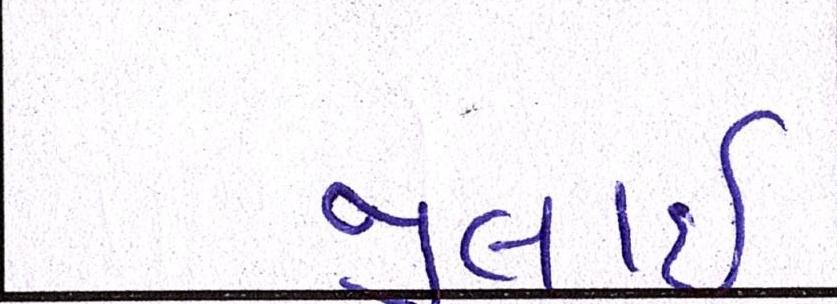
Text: જુલાઇ